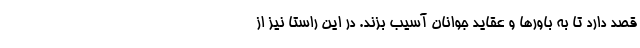
قصد دارد تا به باورها و عقاید جوانان آسیب بزند. در این راستا نیز از